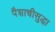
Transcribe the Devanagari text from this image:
पैशाचीसुद्धा